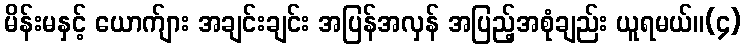
မိန်းမနှင့် ယောက်ျား အချင်းချင်း အပြန်အလှန် အပြည့်အစုံချည်း ယူရမယ်။(၄)